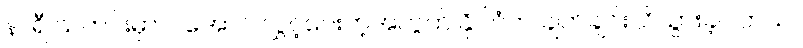
နာရီ သတင်းမှာ ပါအောင် လွှင့်ပေးတဲ့အတွက် နိုင်ငံက ချက်ချင်းသိသွားခဲ့ပါတယ်။